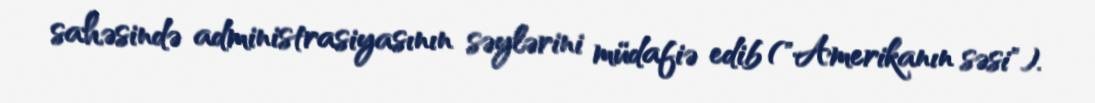
sahəsində administrasiyasının səylərini müdafiə edib ("Amerikanın səsi").